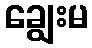
ချွေးမ